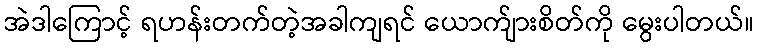
အဲဒါကြောင့် ရဟန်းတက်တဲ့အခါကျရင် ယောက်ျားစိတ်ကို မွေးပါတယ်။